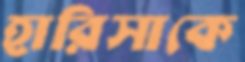
হারিসাকে